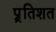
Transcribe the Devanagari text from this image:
प्र्रतिशत